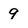
Character: 9